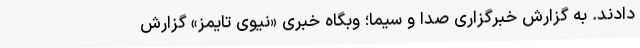
دادند. به گزارش خبرگزاری صدا و سیما؛ وبگاه خبری «نیوی تایمز» گزارش